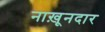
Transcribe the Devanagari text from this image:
नाख़ूनदार